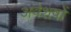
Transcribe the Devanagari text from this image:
अवेशषों